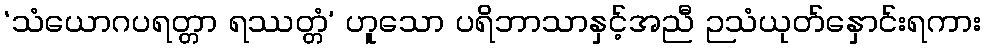
‘သံယောဂပရတ္တာ ရဿတ္တံ’ ဟူသော ပရိဘာသာနှင့်အညီ ဉသံယုတ်နှောင်းရကား